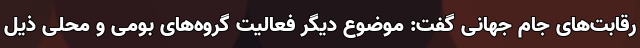
رقابت‌های جام جهانی گفت: موضوع دیگر فعالیت گروه‌های بومی و محلی ذیل